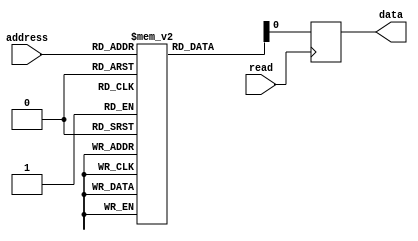
module PROM (
    input wire [ADDRESS_WIDTH-1:0] address,
    output reg data,
    input wire read
);

// Define parameter for address width
parameter ADDRESS_WIDTH = 8; // Assuming an 8-bit address

// Define memory array for PROM
reg [7:0] memory [2**ADDRESS_WIDTH-1:0]; // Assuming 8-bit data width

always @ (posedge read)
begin
    data <= memory[address];
end

endmodule